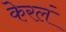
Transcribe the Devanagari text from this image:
केरलं